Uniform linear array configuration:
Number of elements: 12
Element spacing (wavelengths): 1
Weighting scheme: binomial
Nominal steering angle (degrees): -45
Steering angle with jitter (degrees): -43.06
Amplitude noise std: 0.05
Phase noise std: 0.05

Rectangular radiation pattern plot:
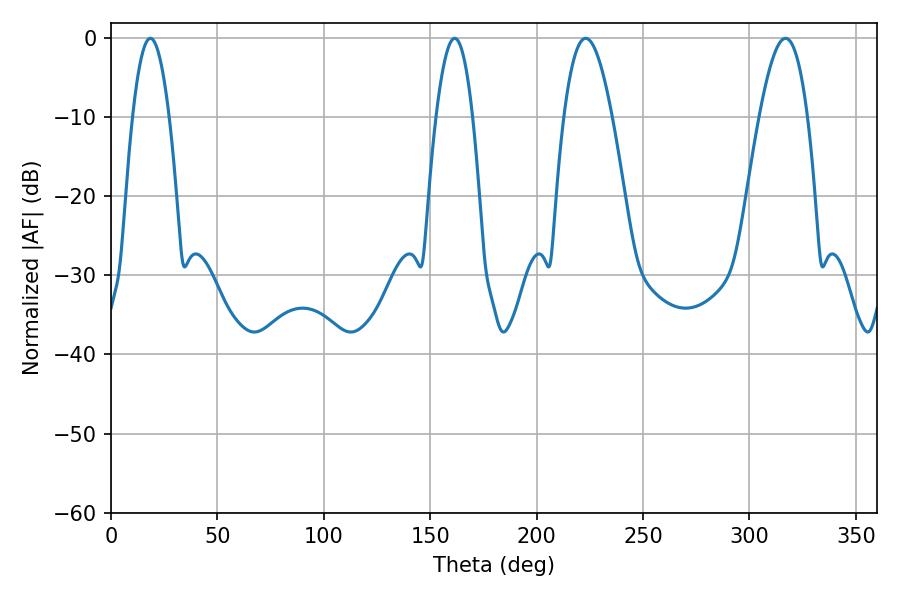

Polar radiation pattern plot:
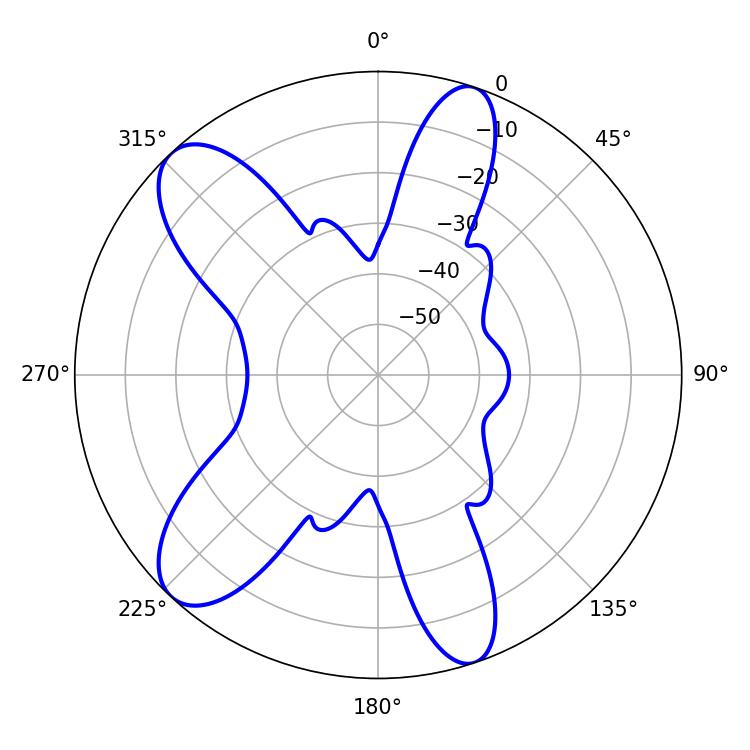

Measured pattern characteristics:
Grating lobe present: TRUE
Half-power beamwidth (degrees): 12.24
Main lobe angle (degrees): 223.02